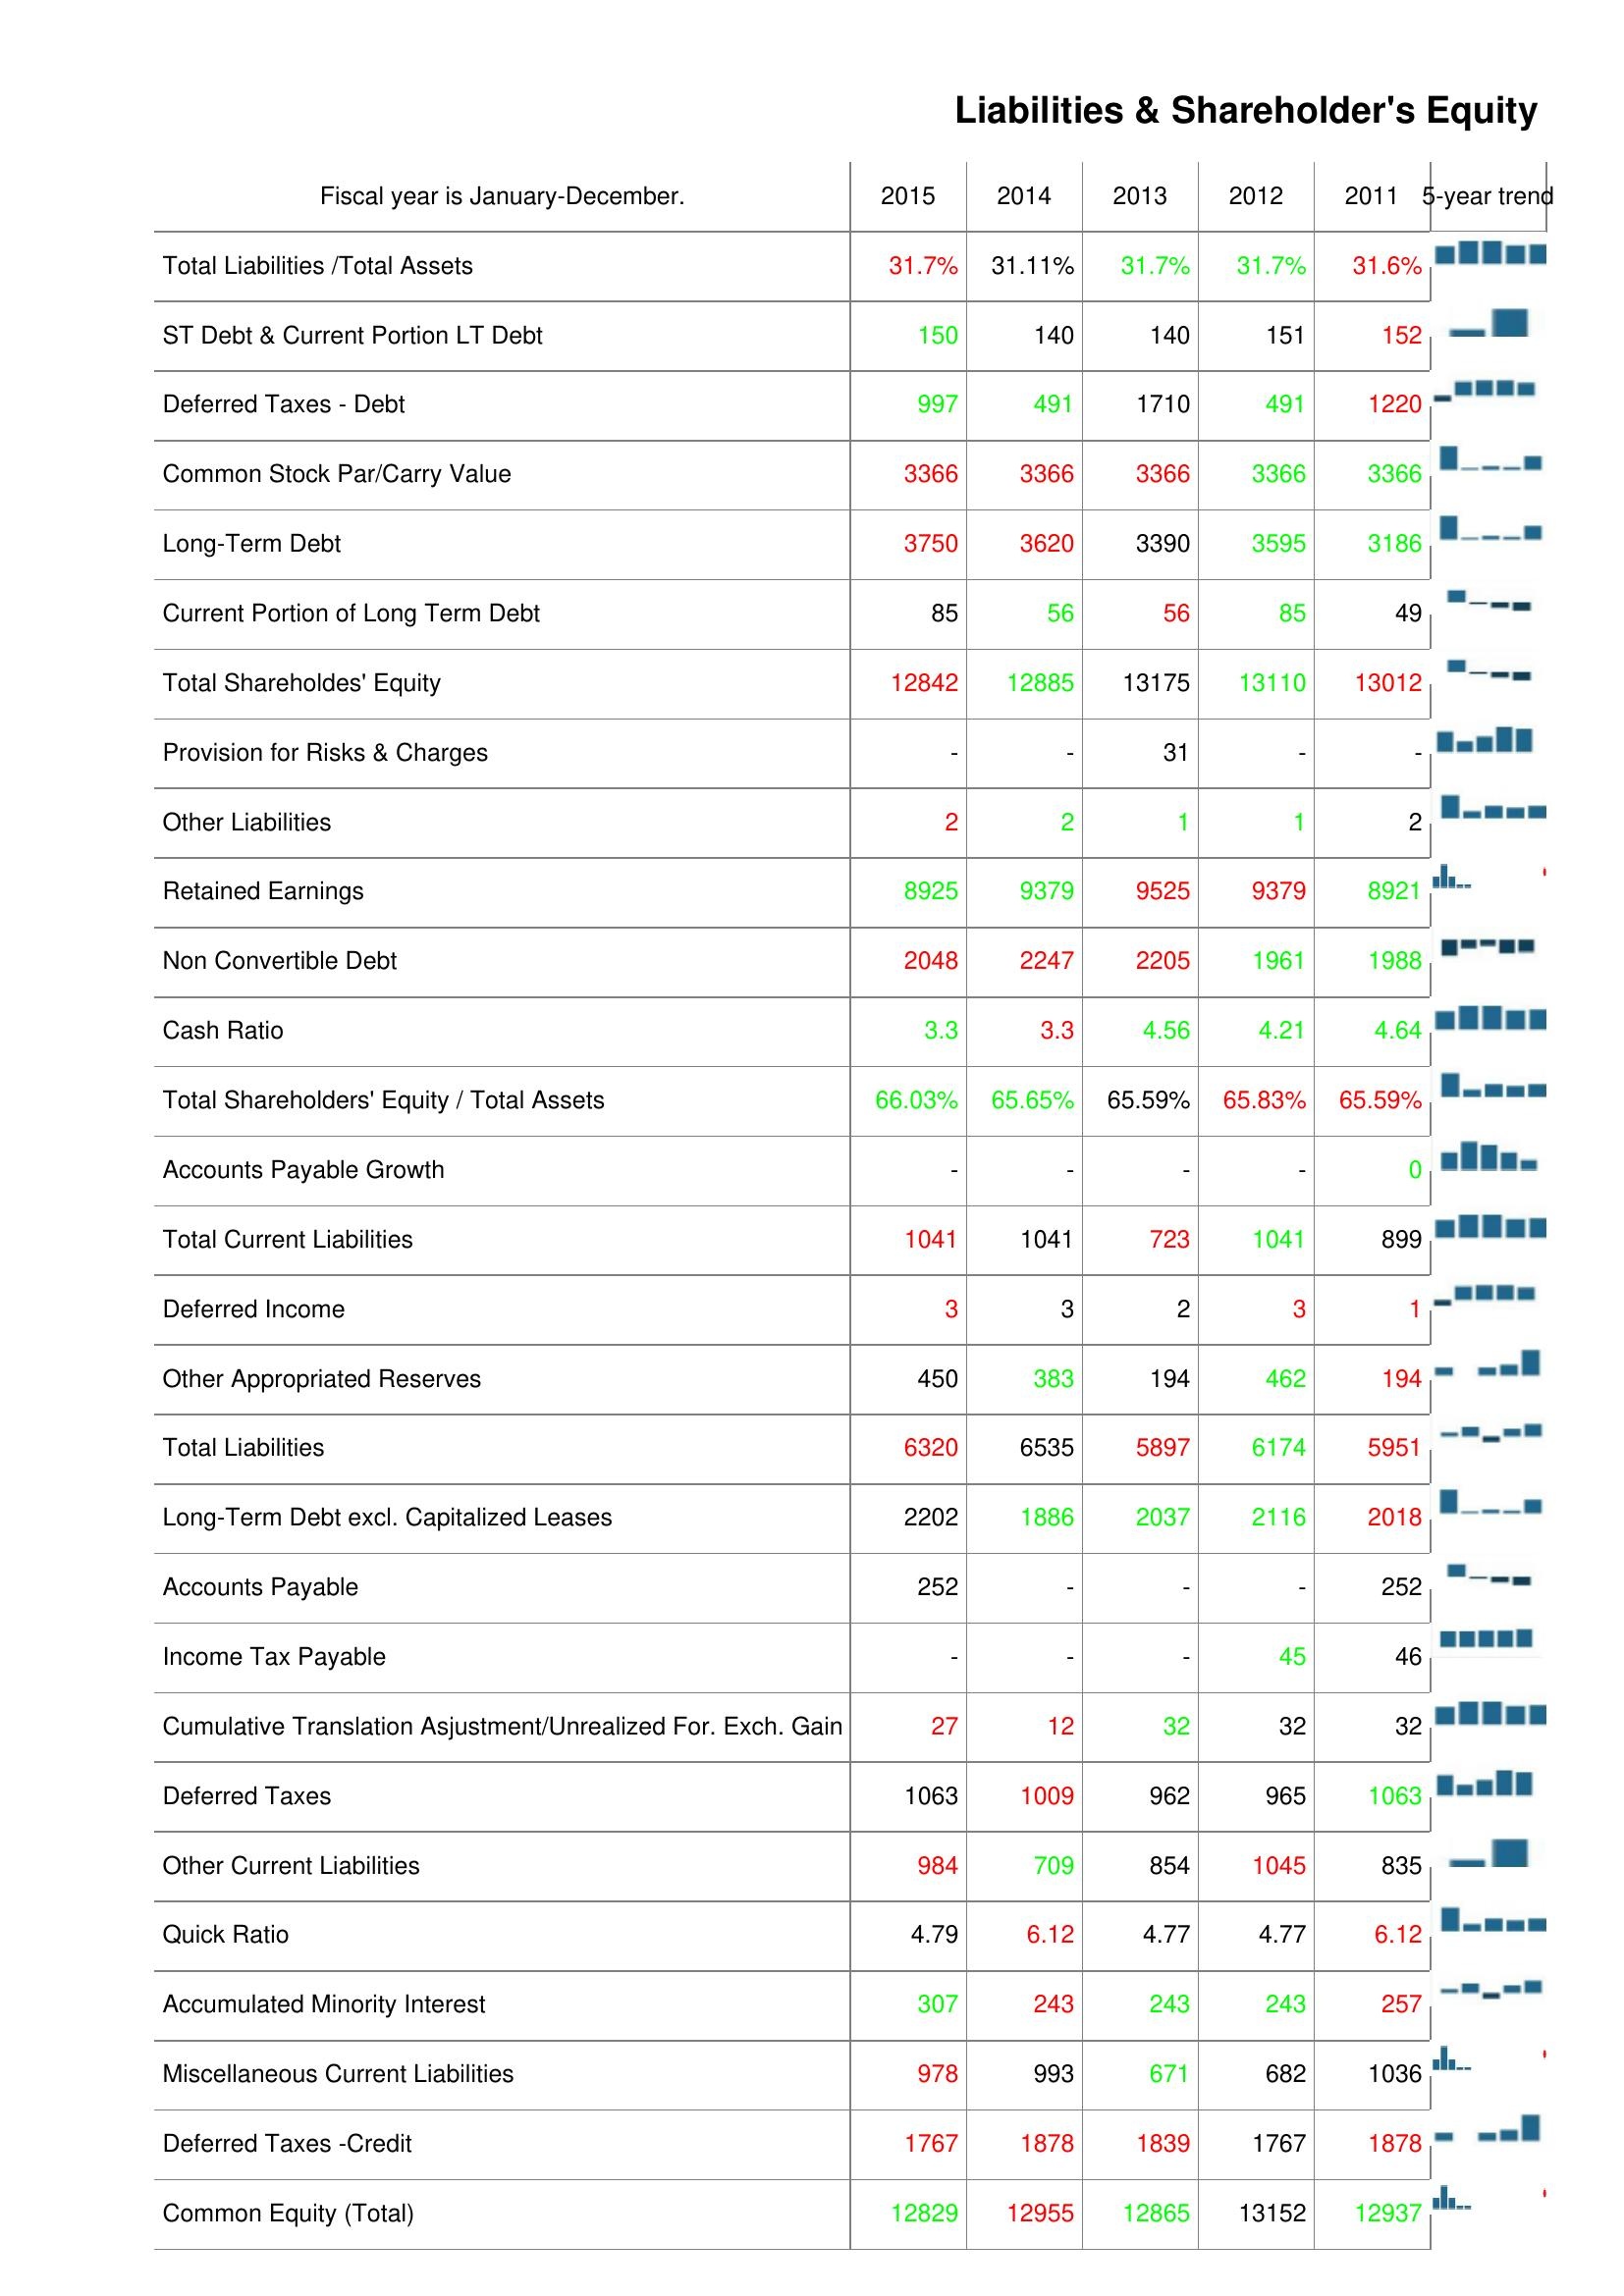
2015: Liabilities & Shareholder's Equity: Total Liabilities /Total Assets: 31.7%
ST Debt & Current Portion LT Debt: 150
Deferred Taxes - Debt: 997
Common Stock Par/Carry Value: 3366
Long-Term Debt: 3750
Current Portion of Long Term Debt: 85
Total Shareholdes' Equity: 12842
Provision for Risks & Charges: -
Other Liabilities: 2
Retained Earnings: 8925
Non Convertible Debt: 2048
Cash Ratio: 3.3
Total Shareholders' Equity / Total Assets: 66.03%
Accounts Payable Growth: -
Total Current Liabilities: 1041
Deferred Income: 3
Other Appropriated Reserves: 450
Total Liabilities: 6320
Long-Term Debt excl. Capitalized Leases: 2202
Accounts Payable: 252
Income Tax Payable: -
Cumulative Translation Asjustment/Unrealized For. Exch. Gain: 27
Deferred Taxes: 1063
Other Current Liabilities: 984
Quick Ratio: 4.79
Accumulated Minority Interest: 307
Miscellaneous Current Liabilities: 978
Deferred Taxes -Credit: 1767
Common Equity (Total): 12829
2014: Liabilities & Shareholder's Equity: Total Liabilities /Total Assets: 31.11%
ST Debt & Current Portion LT Debt: 140
Deferred Taxes - Debt: 491
Common Stock Par/Carry Value: 3366
Long-Term Debt: 3620
Current Portion of Long Term Debt: 56
Total Shareholdes' Equity: 12885
Provision for Risks & Charges: -
Other Liabilities: 2
Retained Earnings: 9379
Non Convertible Debt: 2247
Cash Ratio: 3.3
Total Shareholders' Equity / Total Assets: 65.65%
Accounts Payable Growth: -
Total Current Liabilities: 1041
Deferred Income: 3
Other Appropriated Reserves: 383
Total Liabilities: 6535
Long-Term Debt excl. Capitalized Leases: 1886
Accounts Payable: -
Income Tax Payable: -
Cumulative Translation Asjustment/Unrealized For. Exch. Gain: 12
Deferred Taxes: 1009
Other Current Liabilities: 709
Quick Ratio: 6.12
Accumulated Minority Interest: 243
Miscellaneous Current Liabilities: 993
Deferred Taxes -Credit: 1878
Common Equity (Total): 12955
2013: Liabilities & Shareholder's Equity: Total Liabilities /Total Assets: 31.7%
ST Debt & Current Portion LT Debt: 140
Deferred Taxes - Debt: 1710
Common Stock Par/Carry Value: 3366
Long-Term Debt: 3390
Current Portion of Long Term Debt: 56
Total Shareholdes' Equity: 13175
Provision for Risks & Charges: 31
Other Liabilities: 1
Retained Earnings: 9525
Non Convertible Debt: 2205
Cash Ratio: 4.56
Total Shareholders' Equity / Total Assets: 65.59%
Accounts Payable Growth: -
Total Current Liabilities: 723
Deferred Income: 2
Other Appropriated Reserves: 194
Total Liabilities: 5897
Long-Term Debt excl. Capitalized Leases: 2037
Accounts Payable: -
Income Tax Payable: -
Cumulative Translation Asjustment/Unrealized For. Exch. Gain: 32
Deferred Taxes: 962
Other Current Liabilities: 854
Quick Ratio: 4.77
Accumulated Minority Interest: 243
Miscellaneous Current Liabilities: 671
Deferred Taxes -Credit: 1839
Common Equity (Total): 12865
2012: Liabilities & Shareholder's Equity: Total Liabilities /Total Assets: 31.7%
ST Debt & Current Portion LT Debt: 151
Deferred Taxes - Debt: 491
Common Stock Par/Carry Value: 3366
Long-Term Debt: 3595
Current Portion of Long Term Debt: 85
Total Shareholdes' Equity: 13110
Provision for Risks & Charges: -
Other Liabilities: 1
Retained Earnings: 9379
Non Convertible Debt: 1961
Cash Ratio: 4.21
Total Shareholders' Equity / Total Assets: 65.83%
Accounts Payable Growth: -
Total Current Liabilities: 1041
Deferred Income: 3
Other Appropriated Reserves: 462
Total Liabilities: 6174
Long-Term Debt excl. Capitalized Leases: 2116
Accounts Payable: -
Income Tax Payable: 45
Cumulative Translation Asjustment/Unrealized For. Exch. Gain: 32
Deferred Taxes: 965
Other Current Liabilities: 1045
Quick Ratio: 4.77
Accumulated Minority Interest: 243
Miscellaneous Current Liabilities: 682
Deferred Taxes -Credit: 1767
Common Equity (Total): 13152
2011: Liabilities & Shareholder's Equity: Total Liabilities /Total Assets: 31.6%
ST Debt & Current Portion LT Debt: 152
Deferred Taxes - Debt: 1220
Common Stock Par/Carry Value: 3366
Long-Term Debt: 3186
Current Portion of Long Term Debt: 49
Total Shareholdes' Equity: 13012
Provision for Risks & Charges: -
Other Liabilities: 2
Retained Earnings: 8921
Non Convertible Debt: 1988
Cash Ratio: 4.64
Total Shareholders' Equity / Total Assets: 65.59%
Accounts Payable Growth: 0
Total Current Liabilities: 899
Deferred Income: 1
Other Appropriated Reserves: 194
Total Liabilities: 5951
Long-Term Debt excl. Capitalized Leases: 2018
Accounts Payable: 252
Income Tax Payable: 46
Cumulative Translation Asjustment/Unrealized For. Exch. Gain: 32
Deferred Taxes: 1063
Other Current Liabilities: 835
Quick Ratio: 6.12
Accumulated Minority Interest: 257
Miscellaneous Current Liabilities: 1036
Deferred Taxes -Credit: 1878
Common Equity (Total): 12937